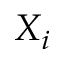
X _ { i }